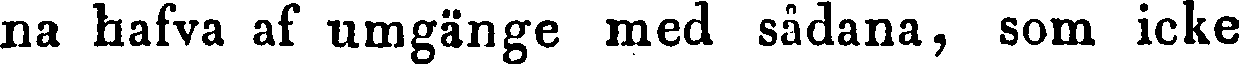
na hafva af umgänge med sådana, som icke